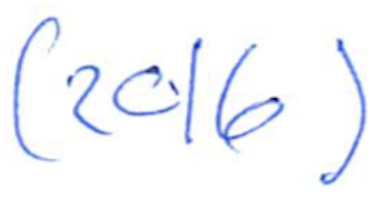
Text: (2016)
Cross-out: clean
Writing tool: ballpoint